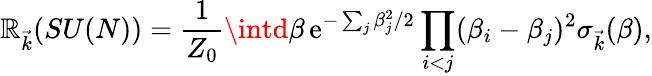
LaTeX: {\cal\mathbb{R}}_{\vec{{k}}}(SU(N))={\frac{{1}}{{Z_{0}}}}\intd\beta\, \mathrm{{e}}^{-\sum_{j}\beta_{j}^{2}/2}\prod_{i<j}(\beta_{i}-\beta_{j})^{2}\sigma_{\vec{{k}}}(\beta),